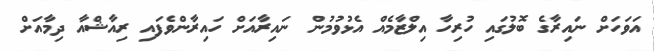
އަވަހަށް ނައިރާގެ ބޮލުގައި ހުރިހާ އިލްޒާމެއް އެޅުވުމުން ނައިރާއަށް ހައިރާންވެފައި ރިއާޝްއާ ދިމާއަށް